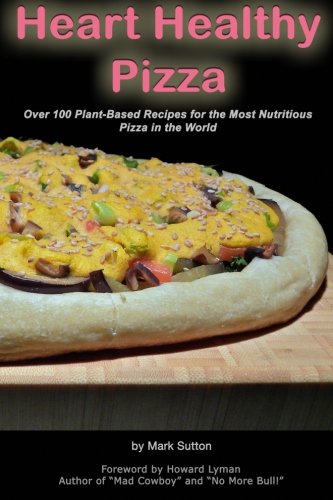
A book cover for Heart Healthy Pizza; Mark Sutton; Cookbooks, Food & Wine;